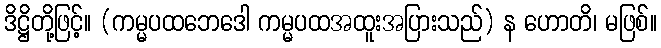
ဒိဋ္ဌိတို့ဖြင့်။ (ကမ္မပထဘေဒေါ ကမ္မပထအထူးအပြားသည်) န ဟောတိ၊ မဖြစ်။